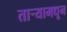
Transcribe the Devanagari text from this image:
तार्‍यामधून